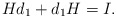
\begin{align*}H d_1 + d_1 H =I.\end{align*}